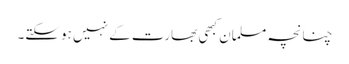
چنانچہ مسلمان کبھی بھارت کے نہیں ہوسکتے۔